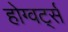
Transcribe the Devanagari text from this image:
होग्वर्ट्स